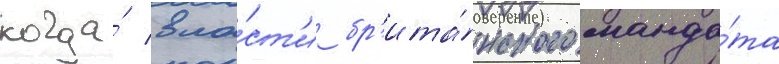
когда́ вла́ст'и бр'ита́нского манда́та